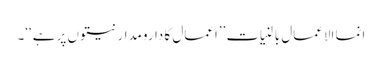
انما الاعمال بالنیات ’’اعمال کا دارومدار نیتوں پر ہے‘‘۔